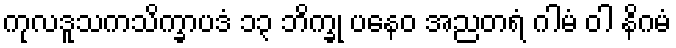
ကုလဒူသကသိက္ခာပဒံ ၁၃ ဘိက္ခု ပနေဝ အညတရံ ဂါမံ ဝါ နိဂမံ